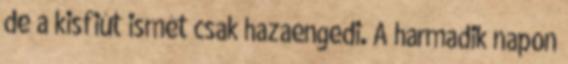
de a kisfiút ismét csak hazaengedi. A harmadik napon